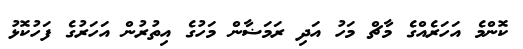
ކޮންމެ އަހަރެއްގެ މާޗް މަހު އަދި ރަމަޟާން މަހުގެ އިތުރުން އަހަރުގެ ފަހުކޮޅު